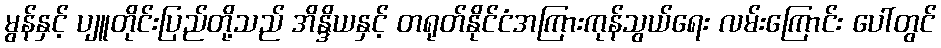
မွန်နှင့် ပျူတိုင်းပြည်တို့သည် အိန္ဒိယနှင့် တရုတ်နိုင်ငံအကြားကုန်သွယ်ရေး လမ်းကြောင်း ပေါ်တွင်